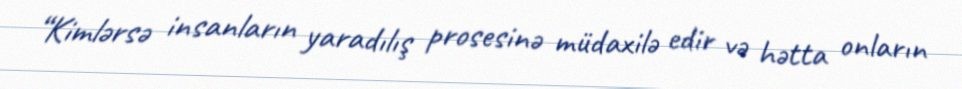
“Kimlərsə insanların yaradılış prosesinə müdaxilə edir və hətta onların